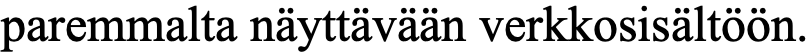
paremmalta näyttävään verkkosisältöön.